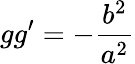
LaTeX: gg^{\prime}=-{\frac{b^{2}}{a^{2}}}